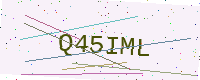
Text: Q45IML